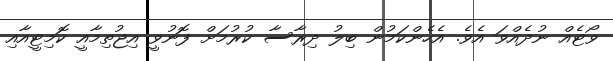
ވޯޓެއް ނުދެއްވަ އެވެ. އެހެންކަމުން ބިލު ދިރާސާ ކުރުމަށް ފޮނުވީ އިޖުތިމާއީ ކޮމިޓީއާއި